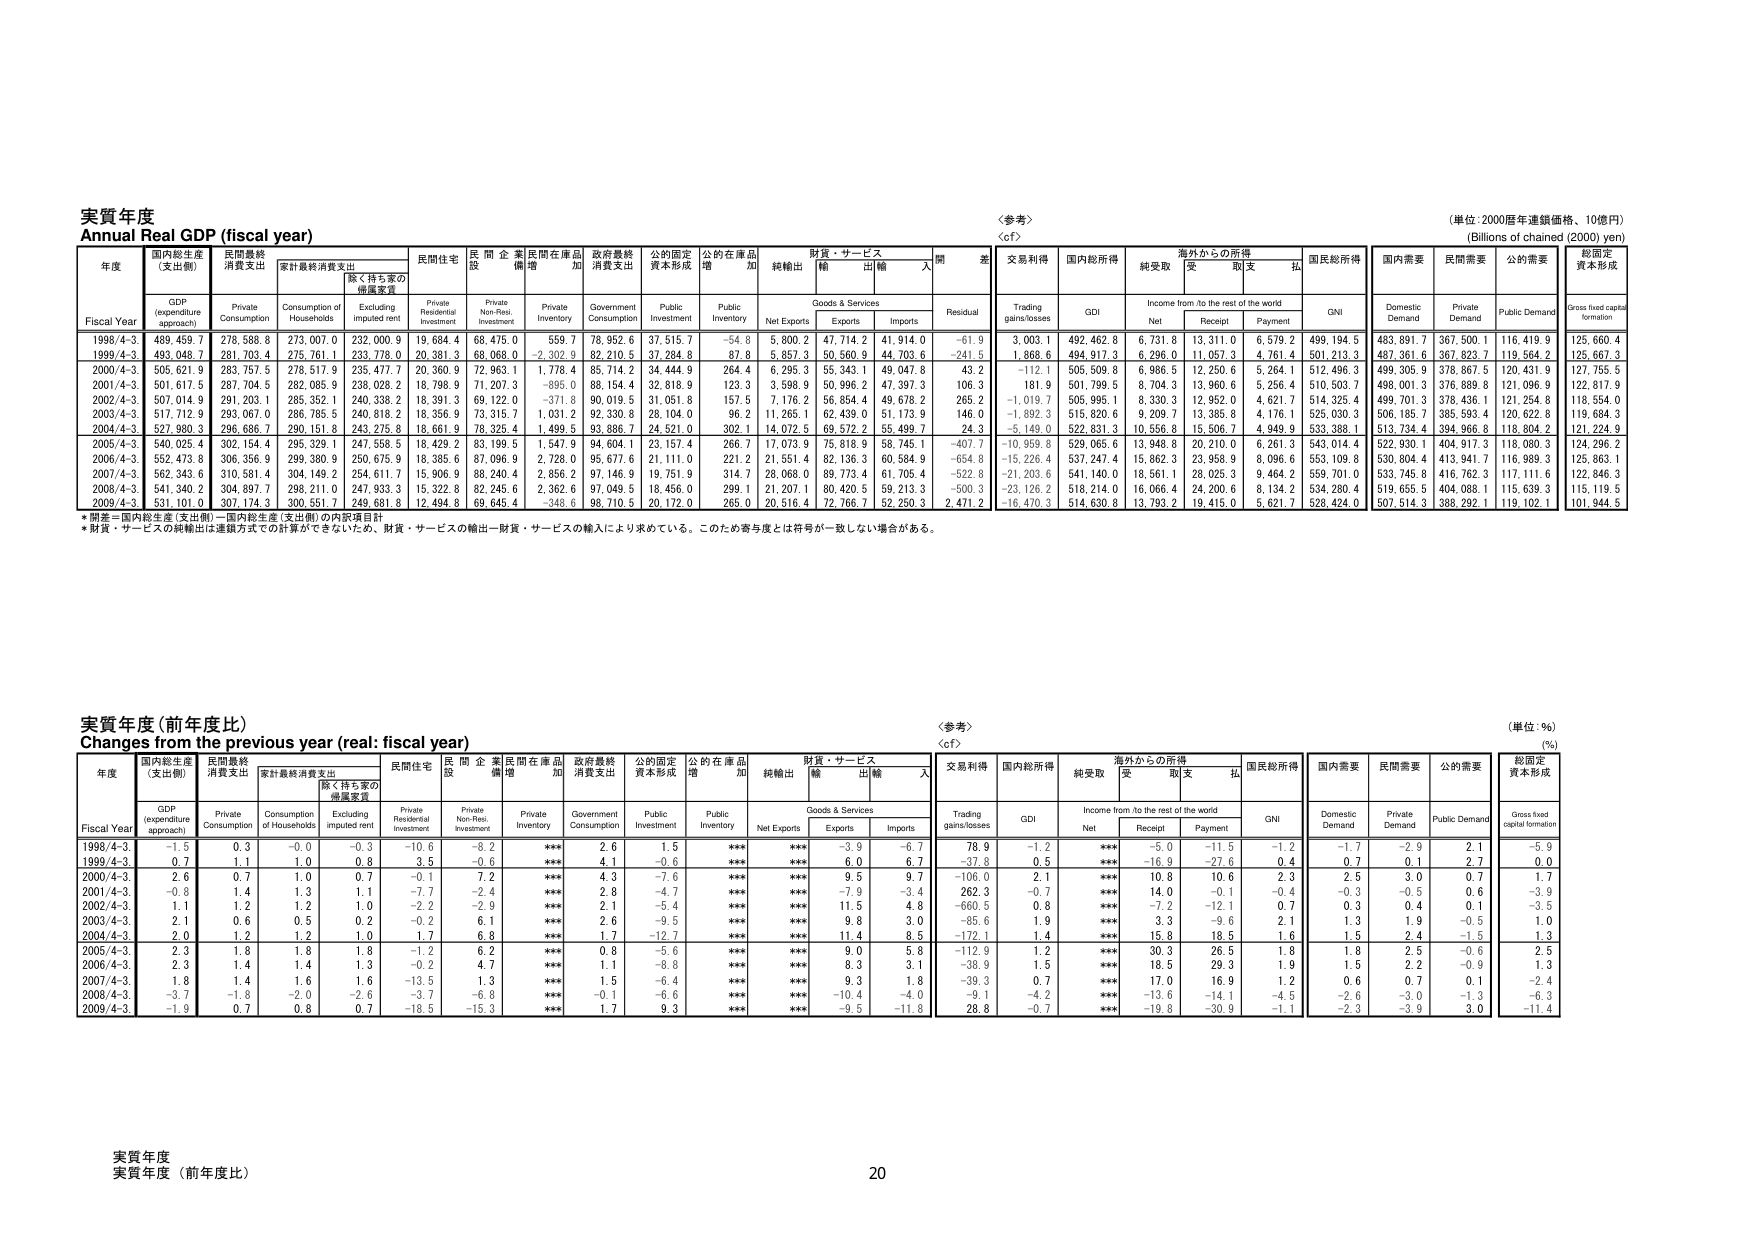
実質年度
Annual Real GDP (fiscal year)

〈参考〉
〈cf〉

（単位：2000暦年連鎖価格、10億円）
(Billions of chained (2000) yen)

年度
Fiscal Year
国内総生産
(支出側)
GDP
(expenditure approach)
民間最終
消費支出
Private Consumption
家計最終消費支出
Consumption of Households
除く持ち家の
帰属家賃
Excluding imputed rent
民間住宅
Private Residential Investment
民間企業
設備投資
Private Non-Resi. Investment
民間在庫品
増加
Private Inventory
政府最終
消費支出
Government Consumption
公的固定
資本形成
Public Investment
公的在庫品
増加
Public Inventory
純輸出
Net Exports
財貨・サービス
Goods & Services
輸出
Exports
輸入
Imports
開差
Residual
交易利得
Trading gains/losses
国内総所得
GDI
海外からの所得
Income from /to the rest of the world
純受取
Net
受取
Receipt
支払
Payment
国民総所得
GNI
国内需要
Domestic Demand
民間需要
Private Demand
公的需要
Public Demand
総固定
資本形成
Gross fixed capital formation

1998/4-3
489,459.7
278,588.8
273,007.0
232,000.9
19,684.4
68,475.0
559.7
78,952.6
37,515.7
-54.8
5,800.2
47,714.2
41,914.0
-61.9
3,003.1
492,462.8
6,731.8
13,311.0
6,579.2
499,194.5
483,891.7
367,500.1
116,419.9
125,660.4

1999/4-3
493,048.7
281,703.4
275,761.1
233,778.0
20,381.3
68,068.0
-2,302.9
82,210.5
37,284.8
87.8
5,857.3
50,560.9
44,703.6
-241.5
1,868.6
494,917.3
6,296.0
11,057.3
4,761.4
501,213.3
487,361.6
367,823.7
119,564.2
125,667.3

2000/4-3
505,621.9
283,757.5
278,517.9
235,477.7
20,360.9
72,963.1
1,778.4
85,714.2
34,444.9
264.4
6,295.3
55,343.1
49,047.8
43.2
-112.1
505,509.8
6,986.5
12,250.6
5,264.1
512,496.3
499,305.9
378,867.5
120,431.9
127,755.5

2001/4-3
501,617.5
287,704.5
282,085.9
238,028.2
18,798.9
71,207.3
-895.0
88,154.4
32,818.9
123.3
3,598.9
50,996.2
47,397.3
106.3
181.9
501,799.5
8,704.3
13,960.6
5,256.4
510,503.7
498,001.3
376,889.8
121,096.9
122,817.9

2002/4-3
507,014.9
291,203.1
285,352.1
240,338.2
18,391.3
69,122.0
-371.8
90,019.5
31,051.8
157.5
7,176.2
56,854.4
49,678.2
265.2
-1,019.7
505,995.1
8,330.3
12,952.0
4,621.7
514,325.4
499,701.3
378,436.1
121,254.8
118,554.0

2003/4-3
517,712.9
293,067.0
288,785.5
240,275.2
18,356.9
73,315.7
1,031.2
92,330.8
28,104.0
96.2
11,265.1
62,439.0
51,173.9
146.0
-1,892.3
515,820.6
9,209.7
13,385.8
4,176.1
525,030.3
506,185.7
385,593.4
120,622.8
119,684.3

2004/4-3
527,880.3
296,686.7
290,151.8
243,275.8
18,661.9
78,325.4
1,499.5
93,886.7
24,521.0
302.1
14,072.5
63,572.2
55,499.7
24.3
-5,149.0
522,831.3
10,556.8
15,506.7
4,949.9
533,388.1
513,734.4
394,966.8
118,804.2
121,224.9

2005/4-3
540,025.4
302,154.4
295,329.1
247,558.5
18,429.2
83,199.5
1,547.9
94,604.1
23,157.4
266.7
17,073.9
75,818.9
58,745.1
-407.7
-10,959.8
529,065.6
13,948.8
20,210.0
6,261.3
543,014.4
522,930.1
404,917.3
118,080.3
124,296.2

2006/4-3
552,473.8
306,356.9
299,380.9
250,675.9
18,385.6
87,096.9
2,728.0
95,677.6
21,111.0
221.2
21,651.4
82,136.3
60,584.9
-654.8
-15,226.4
537,247.4
15,862.3
23,958.9
8,096.6
553,109.8
530,804.4
413,941.7
116,989.3
125,863.1

2007/4-3
562,343.6
310,581.4
304,149.2
254,611.7
15,906.9
88,240.4
2,856.2
97,146.9
19,751.9
314.7
28,068.0
89,773.4
61,705.4
-522.8
-21,203.6
541,140.0
18,561.1
28,025.3
9,464.2
559,701.0
533,745.8
416,762.3
117,111.6
122,846.3

2008/4-3
541,340.2
304,897.7
298,211.0
247,933.3
15,322.8
82,245.6
2,362.6
97,049.5
18,456.0
299.1
21,207.1
80,420.5
59,213.3
-500.3
-23,126.2
518,214.0
16,066.4
24,200.6
8,134.2
534,280.4
519,655.5
404,088.1
115,639.3
115,119.5

2009/4-3
531,101.0
307,174.3
300,551.7
249,681.8
12,494.8
69,645.4
-348.6
98,710.5
20,172.0
265.0
20,516.4
72,766.7
52,250.3
2,471.2
-16,470.3
514,630.8
13,793.2
19,415.0
5,621.7
528,424.0
507,514.3
388,292.1
119,102.1
101,944.5

*開差＝国内総生産（支出側）－国内総生産（支出側）の内訳項目計
*財貨・サービスの純輸出は連鎖方式での計算ができないため、財貨・サービスの輸出－財貨・サービスの輸入により求めている。このため寄与度とは符号が一致しない場合がある。

実質年度（前年度比）
Changes from the previous year (real: fiscal year)

〈参考〉
〈cf〉

（単位：％）
(%)

年度
Fiscal Year
国内総生産
(支出側)
GDP
(expenditure approach)
民間最終
消費支出
Private Consumption
家計最終消費支出
Consumption of Households
除く持ち家の
帰属家賃
Excluding imputed rent
民間住宅
Private Residential Investment
民間企業
設備投資
Private Non-Resi. Investment
民間在庫品
増加
Private Inventory
政府最終
消費支出
Government Consumption
公的固定
資本形成
Public Investment
公的在庫品
増加
Public Inventory
純輸出
Net Exports
財貨・サービス
Goods & Services
輸出
Exports
輸入
Imports
交易利得
Trading gains/losses
国内総所得
GDI
海外からの所得
Income from /to the rest of the world
純受取
Net
受取
Receipt
支払
Payment
国民総所得
GNI
国内需要
Domestic Demand
民間需要
Private Demand
公的需要
Public Demand
総固定
資本形成
Gross fixed capital formation

1998/4-3
-1.5
0.3
-0.0
-0.3
-10.6
-8.2
***
2.6
1.5
***
***
-5.9
-6.7
78.9
-1.2
***
-5.0
-11.5
-1.2
-1.7
-2.9
2.1
-5.9

1999/4-3
0.7
1.1
1.0
0.8
3.5
-0.6
***
4.1
-0.6
***
***
6.0
6.7
-37.8
0.5
***
-16.9
-27.6
0.4
0.7
0.1
2.7
0.0

2000/4-3
2.6
0.7
1.0
0.7
-0.1
7.2
***
4.3
-7.6
***
***
9.5
9.7
-106.0
2.1
***
10.8
10.6
2.3
2.5
3.0
0.7
1.7

2001/4-3
-0.8
1.4
1.3
1.1
-7.7
-2.4
***
2.8
-4.7
***
***
-7.9
-3.4
262.3
-0.7
***
14.0
-0.1
-0.4
-0.3
-0.5
0.6
-3.9

2002/4-3
1.1
1.2
1.2
1.0
-2.2
-2.0
***
2.1
-5.4
***
***
11.5
4.8
-660.5
0.8
***
-7.2
-12.1
-0.7
0.3
0.4
0.1
-3.5

2003/4-3
2.1
0.6
0.5
0.2
-0.2
6.1
***
2.6
-9.5
***
***
9.8
3.0
-85.6
1.9
***
3.3
-9.6
2.1
1.3
1.9
-0.5
1.0

2004/4-3
2.0
1.2
1.2
1.0
1.7
6.8
***
1.7
-12.7
***
***
11.4
8.5
-172.1
1.4
***
15.8
18.5
1.6
1.5
2.4
-1.5
1.3

2005/4-3
2.3
1.8
1.8
1.8
-1.2
6.2
***
0.8
-5.6
***
***
9.0
5.8
-112.9
1.2
***
30.3
26.5
1.8
1.8
2.5
-0.6
2.5

2006/4-3
2.3
1.4
1.4
1.3
-0.2
4.7
***
1.1
-8.8
***
***
8.3
3.1
-38.9
1.5
***
18.5
29.3
1.9
1.5
2.2
-0.9
1.3

2007/4-3
1.8
1.4
1.6
1.6
-13.5
1.3
***
1.5
-6.4
***
***
9.3
1.8
-39.3
0.7
***
17.0
16.9
1.2
0.6
0.7
0.1
-2.4

2008/4-3
-3.7
-1.8
-2.0
-2.6
-3.7
-6.8
***
-0.1
-6.6
***
***
-10.4
-4.0
-9.1
-4.2
***
-13.6
-14.1
-4.5
-2.6
-3.0
-1.3
-6.3

2009/4-3
-1.9
0.7
0.8
0.7
-18.5
-15.3
***
1.7
9.3
***
***
-9.5
-11.8
28.8
-0.7
***
-19.8
-30.9
-1.1
-2.3
-3.9
3.0
-11.4

実質年度（前年度比）
20